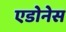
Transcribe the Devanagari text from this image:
एडोनेस